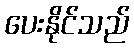
ပေးနိုင်သည်